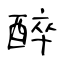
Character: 醉